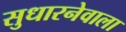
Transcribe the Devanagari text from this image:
सुधारनेवाला